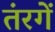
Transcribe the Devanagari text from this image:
तंरगें